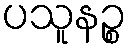
ပသူနဉ္စ